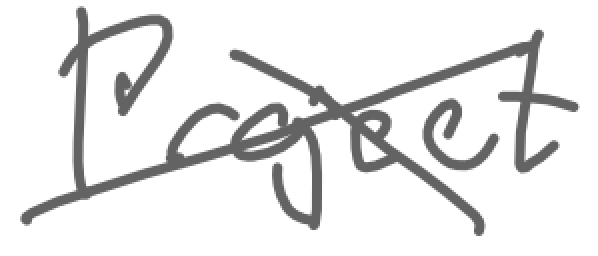
Text: Project
Cross-out: cross
Writing tool: digital_gray